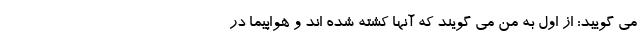
می گویید: از اول به من می گویند که آنها کشته شده اند و هواپیما در